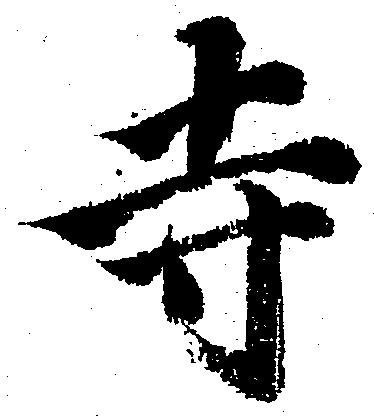
寺